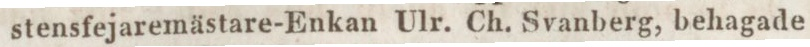
stensfejaremästare-Enkan Ulr. Ch. Svanberg, behagade